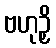
ဗဟုဉှိ